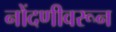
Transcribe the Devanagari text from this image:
नोंदणीवरून